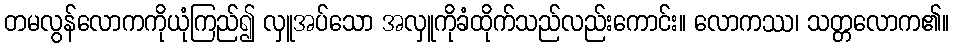
တမလွန်လောကကိုယုံကြည်၍ လှူအပ်သော အလှူကိုခံထိုက်သည်လည်းကောင်း။ လောကဿ၊ သတ္တလောက၏။